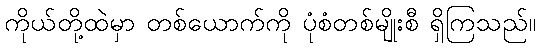
ကိုယ်တို့ထဲမှာ တစ်ယောက်ကို ပုံစံတစ်မျိုးစီ ရှိကြသည်။